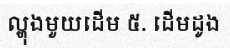
ល្ហុងមួយដើម ៥. ដើមដូង